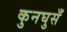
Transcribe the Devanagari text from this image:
कुनघुसँ